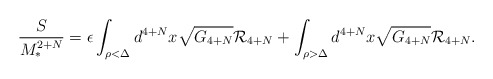
\begin{align*}{S\over M_*^{2+N}}= \epsilon \int_{ \rho< \Delta } d^{4+N} x \sqrt{G_{4+N}} {\cal R}_{4+N}+ \int_{ \rho> \Delta} d^{4+N} x \sqrt{G_{4+N}} {\cal R}_{4+N}.\end{align*}